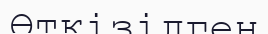
Өткізілген